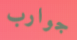
جوارب